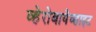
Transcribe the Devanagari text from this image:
व्हेरोबायेव्हाइट